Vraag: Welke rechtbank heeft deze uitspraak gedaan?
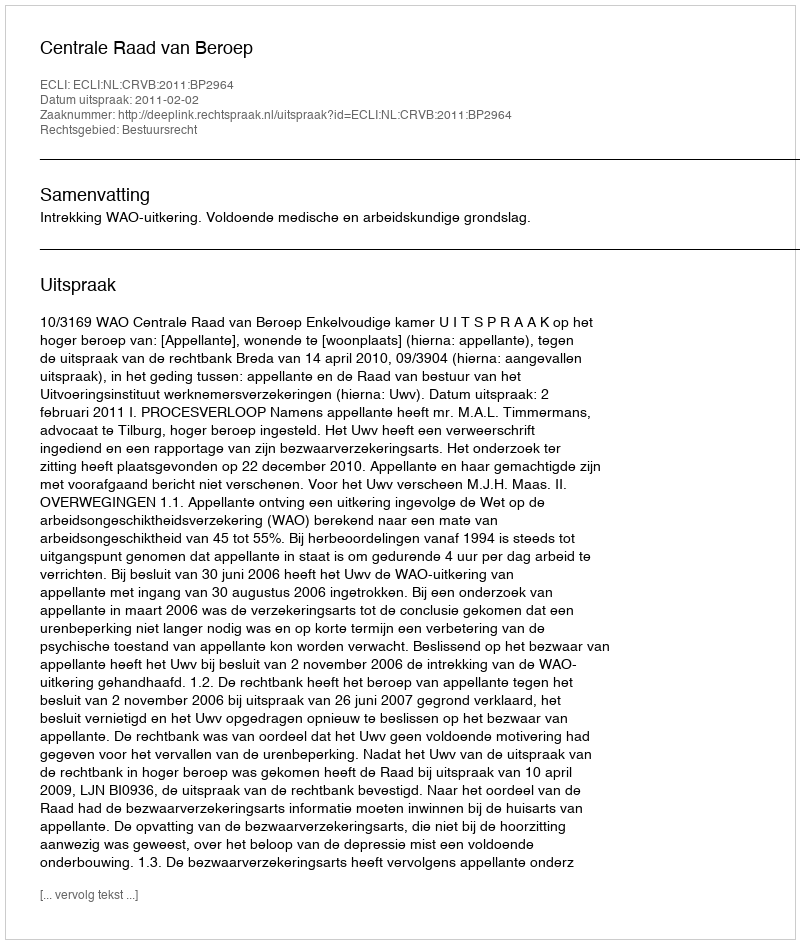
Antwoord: Centrale Raad van Beroep